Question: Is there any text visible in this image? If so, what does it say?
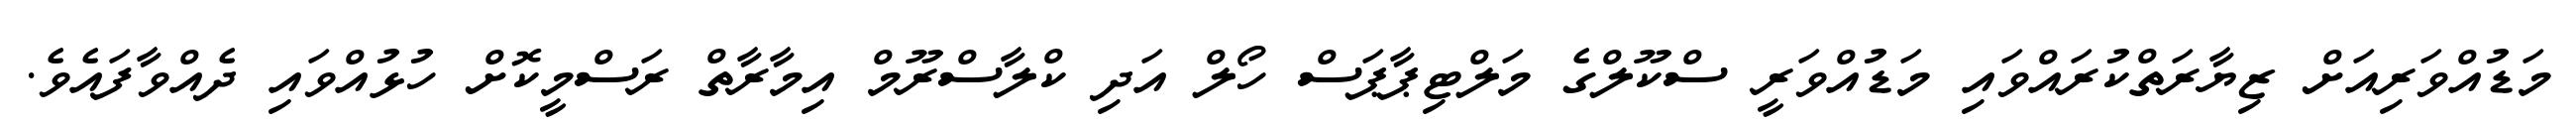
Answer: މަޑުއްވަރިއަށް ޒިޔާރަތްކުރައްވައި މަޑުއްވަރީ ސްކޫލްގެ މަލްޓިޕާޕަސް ހޯލް އަދި ކްލާސްރޫމް އިމާރާތް ރަސްމީކޮށް ހުޅުއްވައި ދެއްވާފައެވެ.